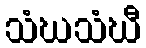
သံဃသံဃီ